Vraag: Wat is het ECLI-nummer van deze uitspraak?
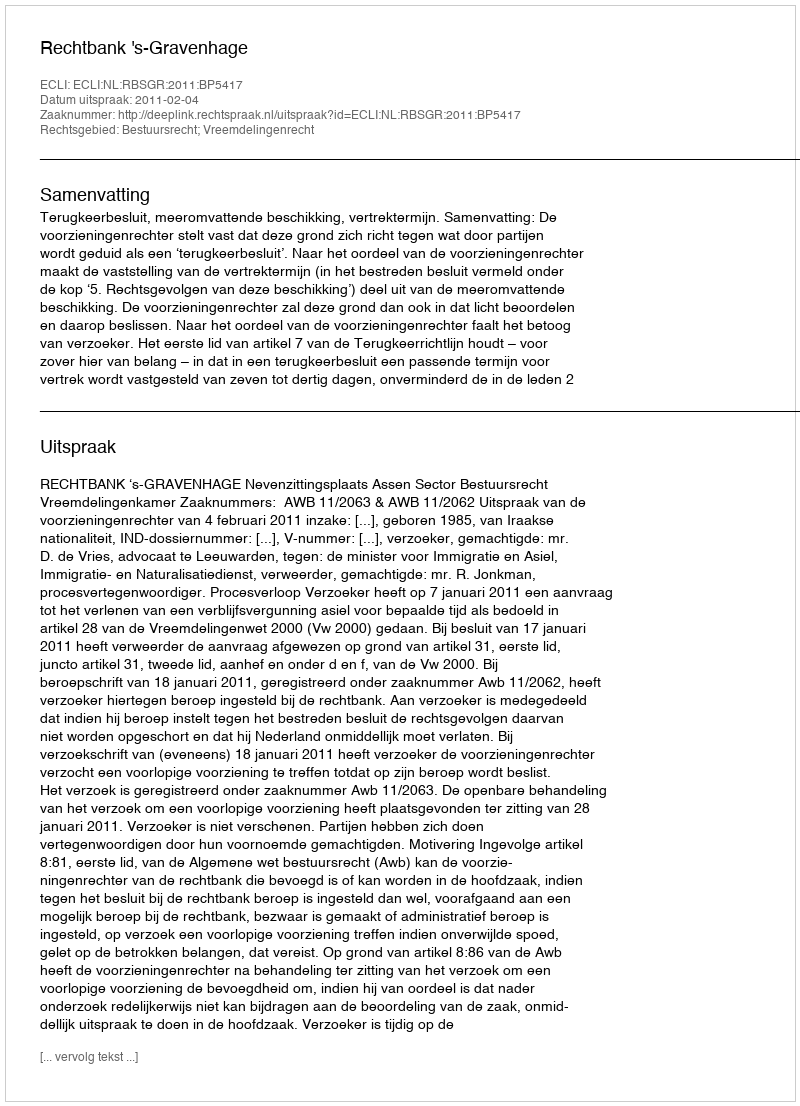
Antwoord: ECLI:NL:RBSGR:2011:BP5417